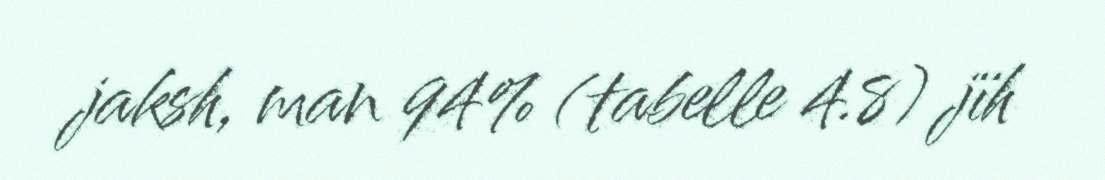
jaksh, man 94% (tabelle 4.8) jïh